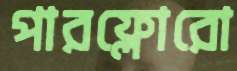
পারফ্লোরো